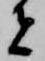
者